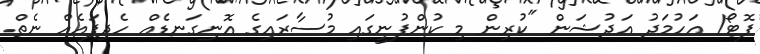
ފޮޓޯ/ އަހުމަދު އަދުޝަން "ކުރިން މި ކުންފުނީގައި މުސާރައިގެ އޮނިގަނޑެއް ހެދިފައެއް ނެތް.